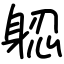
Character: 躵